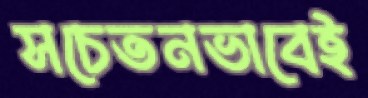
সচেতনভাবেই